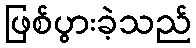
ဖြစ်ပွားခဲ့သည်